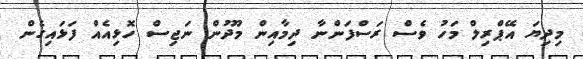
މިދިޔަ އޭޕްރިލް މަހު ވެސް ރަސްފަންނާ ދިމާއިން މޫދުން ނަޖިސް ހޮޅިއެއް ފަޅައިގެން